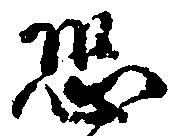
恐